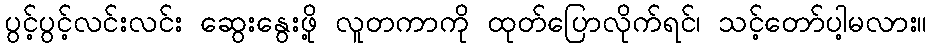
ပွင့်ပွင့်လင်းလင်း ဆွေးနွေးဖို့ လူတကာကို ထုတ်ပြောလိုက်ရင်၊ သင့်တော်ပါ့မလား။